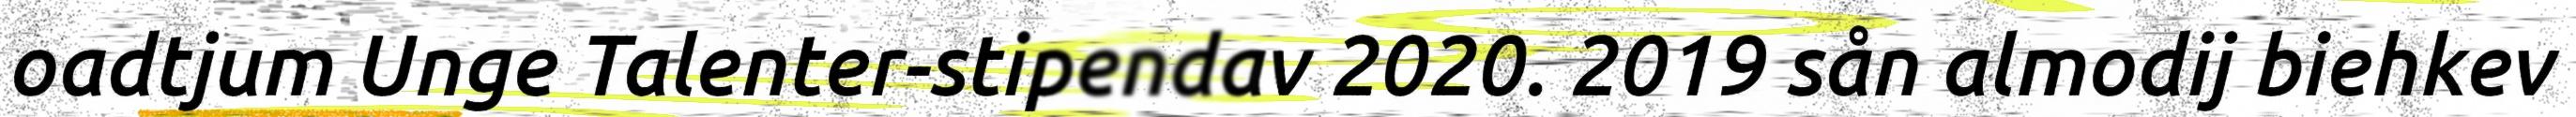
oadtjum Unge Talenter-stipendav 2020. 2019 sån almodij biehkev